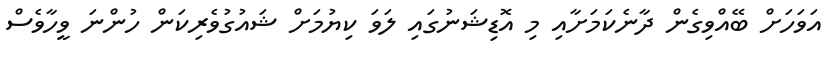
އަވަހަށް ބޭއްވިގެން ދާނެކަމަށާއި މި އޮޑިޝަނުގައި ލަވަ ކިޔުމަށް ޝައުގުވެރިކަން ހުންނަ ވީހާވެސް